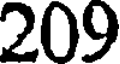
209